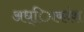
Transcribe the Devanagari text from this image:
अध्ािकांश